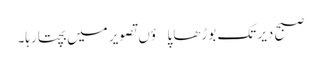
صبح دیر تک بوڑھا پاؤں تصویر میں بچتا رہا۔